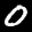
Label: 0